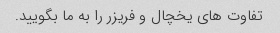
تفاوت های یخچال و فریزر را به ما بگویید.